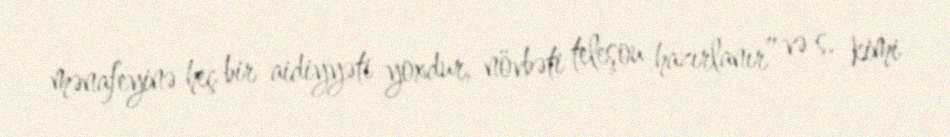
mənafeyinə heç bir aidiyyəti yoxdur, növbəti teleşou hazırlanır” və s. kimi